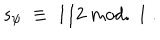
s _ { \psi } \; \equiv \; 1 / 2 ~ \mathrm { m o d . ~ } 1 ~ .